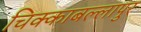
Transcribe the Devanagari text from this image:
चिक्काबल्लापुर